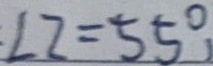
\angle 2 = 5 5 ^ { \circ } ,